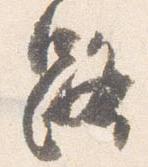
路